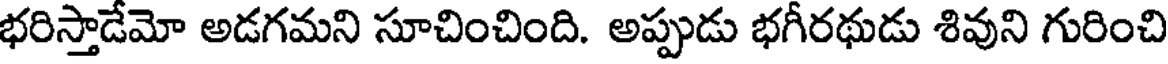
భరిస్తాడేమో అడగమని సూచించింది. అప్పుడు భగీరథుడు శివుని గురించి